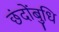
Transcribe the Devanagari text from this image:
छंदोंबुधि